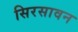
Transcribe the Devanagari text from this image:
सिरसावन